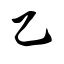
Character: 乙